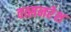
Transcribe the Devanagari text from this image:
वत्सनरेश